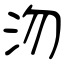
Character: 沕